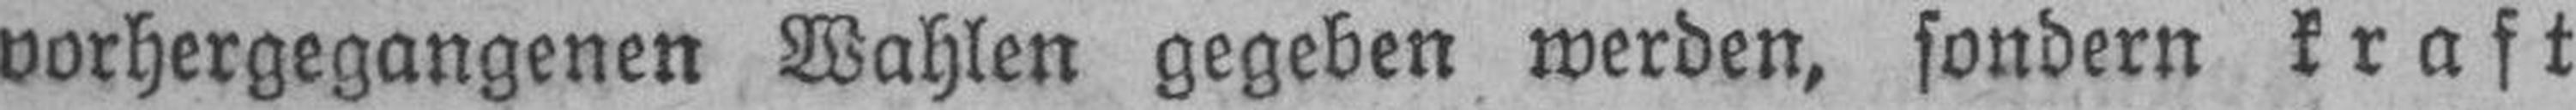
vorhergegangenen Wahlen gegeben werden, sondern kraft